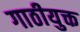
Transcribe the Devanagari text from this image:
गाठीयुक्त